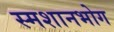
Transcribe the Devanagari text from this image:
स्मशानभोग